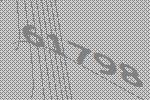
61798